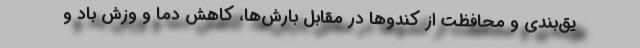
یق‌بندی و محافظت از کندوها در مقابل بارش‌ها، کاهش دما و وزش باد و